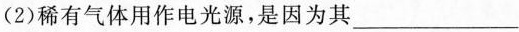
(2)稀有气体用作电光源，是因为其___